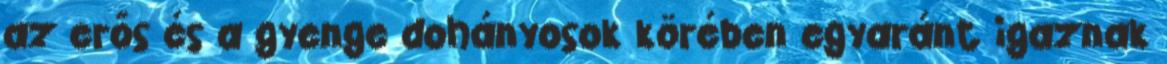
az erős és a gyenge dohányosok körében egyaránt igaznak